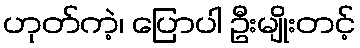
ဟုတ်ကဲ့၊ ပြောပါ ဦးမျိုးတင့်